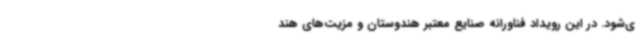
ی‌شود. در این رویداد فناورانه صنایع معتبر هندوستان و مزیت‌های هند